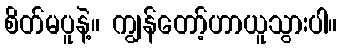
စိတ်မပူနဲ့။ ကျွန်တော့်ဟာယူသွားပါ။